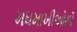
મધમાખીઓથી